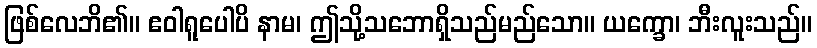
ဖြစ်လေဘိ၏။ ဧဝါရူပေါပိ နာမ၊ ဤသို့သဘောရှိသည်မည်သော။ ယက္ခော၊ ဘီးလူးသည်။